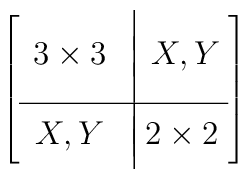
\left[\begin{array}{ccc}&\vrule&\\[-5pt]3\times3&\vrule&\hspace{-4pt}X,Y\hspace{-2pt}\\[-5pt]&\vrule&\\\hline&\vrule&\\[-10pt]X,Y&\vrule&\hspace{-9pt}2\times2\hspace{-4pt}\\[-10pt]&\vrule&\end{array}\right]